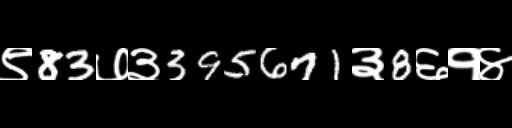
Text: ९83७३395671३8६१४